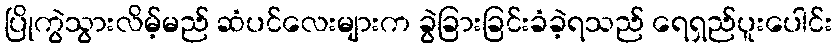
ပြိုကွဲသွားလိမ့်မည် ဆံပင်လေးများက ခွဲခြားခြင်းခံခဲ့ရသည် ရေရှည်ပူးပေါင်း